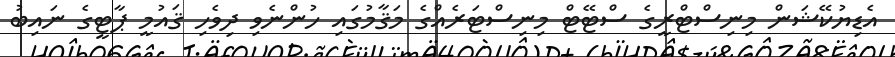
އެޑިޔުކޭޝަން މިނިސްޓްރީގެ ސްޓޭޓް މިނިސްޓަރެއްގެ މަޤާމުގައި ހުންނެވި ދިވެހި ޤައުމީ ޕާޓީގެ ނައިބު